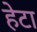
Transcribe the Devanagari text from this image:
हेटा